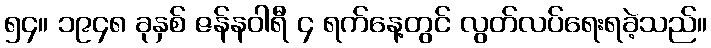
၅၄။ ၁၉၄၈ ခုနှစ် ဇန်နဝါရီ ၄ ရက်နေ့တွင် လွတ်လပ်ရေးရခဲ့သည်။